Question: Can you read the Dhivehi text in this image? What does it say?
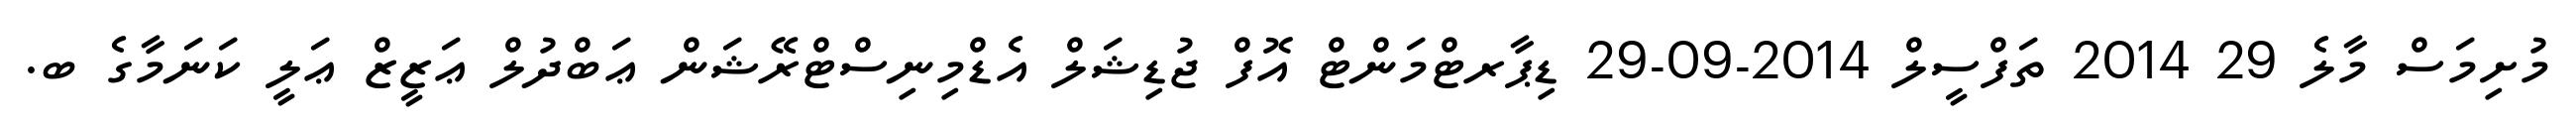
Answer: މުށިމަސް މާލެ 29 2014 ތަފްސީލް 2014-09-29 ޑިޕާރޓްމަންޓް އޮފް ޖުޑިޝަލް އެޑްމިނިސްޓްރޭޝަން ޢަބްދުލް ޢަޒީޒް ޢަލީ ކަނަމާގެ ބ.